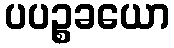
ပပဉ္စခယော